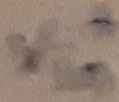
Text: +Vin